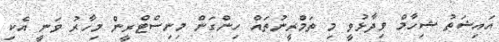
އައިޝަތު ޝިހާމް ވިދާޅުވީ މި ތަމްރީނުތައް ހިންގަން މިނިސްޓްރީން މިހާރު ވަނީ އެކި